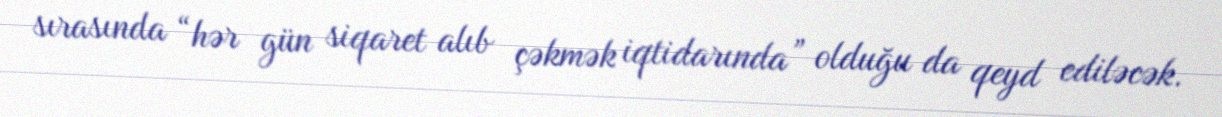
sırasında “hər gün siqaret alıb çəkmək iqtidarında” olduğu da qeyd ediləcək.